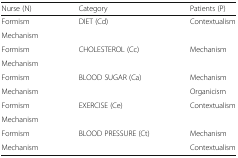
<table><thead><tr><td><b>Nurse (N)</b></td><td><b>Category</b></td><td><b>Patients (P)</b></td></tr></thead><tbody><tr><td>Formism</td><td rowspan="2">DIET (Cd)</td><td rowspan="2">Contextualism</td></tr><tr><td>Mechanism</td></tr><tr><td>Formism</td><td rowspan="2">CHOLESTEROL (Cc)</td><td rowspan="2">Mechanism</td></tr><tr><td>Mechanism</td></tr><tr><td>Formism</td><td rowspan="2">BLOOD SUGAR (Ca)</td><td>Mechanism</td></tr><tr><td>Mechanism</td><td>Organicism</td></tr><tr><td>Formism</td><td rowspan="2">EXERCISE (Ce)</td><td rowspan="2">Contextualism</td></tr><tr><td>Mechanism</td></tr><tr><td>Formism</td><td rowspan="2">BLOOD PRESSURE (Ct)</td><td>Mechanism</td></tr><tr><td>Mechanism</td><td>Contextualism</td></tr></tbody></table>